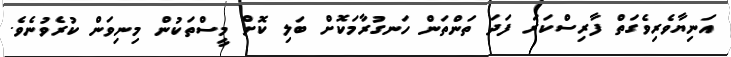
އަނިޔާވެރިވެގަތް ފާރިސްކަރަ ފަދަ ތަންތަން ހަނގުރާމަކޮށް ބަލި ކޮށް މީސްތަކުން މިނިވަން ކުރެވުނެވެ.